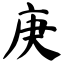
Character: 庚